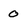
Character: o